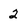
Character: 2